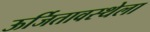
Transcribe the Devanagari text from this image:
ऊर्जितावस्थेला